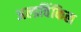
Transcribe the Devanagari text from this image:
अल्डविंकिल